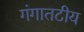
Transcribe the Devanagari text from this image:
गंगातटीय